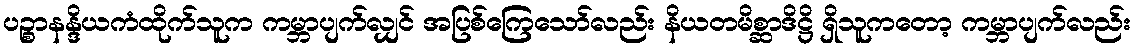
ပဉ္စာနန္ဒိယကံထိုက်သူက ကမ္ဘာပျက်လျှင် အပြစ်ကြေသော်လည်း နိယတမိစ္ဆာဒိဋ္ဌိ ရှိသူကတော့ ကမ္ဘာပျက်လည်း